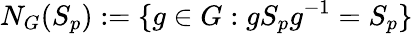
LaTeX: N_{G}(S_{p}):=\{ g\in G:gS_{p}g^{-1}=S_{p}\}